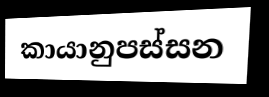
කායානුපස්සන